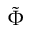
\tilde { \Phi }